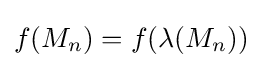
{\textstyle f(M_{n})=f(\lambda (M_{n}))}